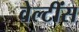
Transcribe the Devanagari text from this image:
वेल्टींस